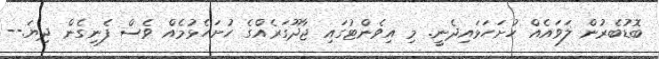
ބޮޑުބެރުން ލަވައެއް ހުށަހަޅައިދެނީ. މި އިވެންޓުގައި ޖާދޫގަރެއްގެ ހުށަހެޅުމެއް ވެސް ފެނިގެން ދިޔަ.--